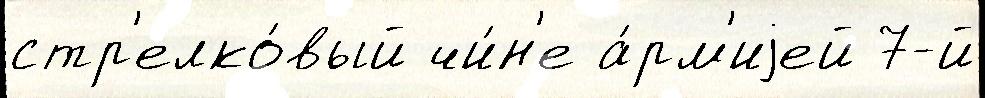
стр'елко́вый чи́н'е а́рм'иjей 7-й